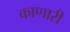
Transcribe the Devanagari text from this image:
काणारी